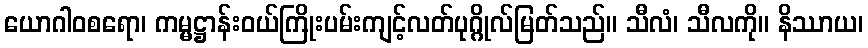
ယောဂါဝစရော၊ ကမ္မဋ္ဌာန်းဝယ်ကြိုးပမ်းကျင့်လတ်ပုဂ္ဂိုလ်မြတ်သည်။ သီလံ၊ သီလကို။ နိဿာယ၊